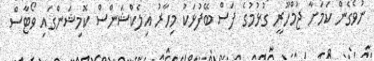
ނުވެގެން ކަމަށާ ޖުމްހޫރީ ގުޅުމުގެ ފަސް ބޭފުޅަކު މިހާރު އިލެކްޝަންސް ކޮމިޝަންގައި ވޯޓާސް